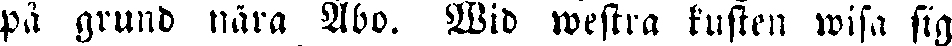
på grund nära Åbo. Wid westra kusten wisa sig